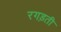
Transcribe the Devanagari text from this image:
रगड़ती